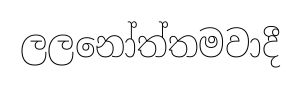
ලලනෝත්තමවාදී